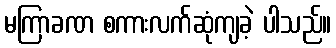
မကြာခဏ စကားလက်ဆုံကျခဲ့ ပါသည်။